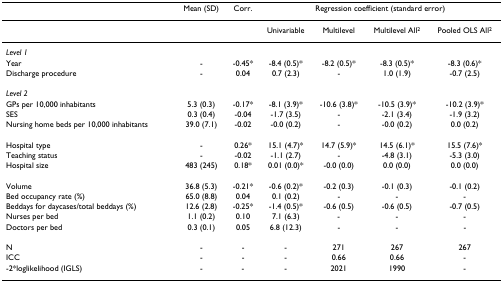
<table><thead><tr><td></td><td><b>Mean (SD)</b></td><td><b>Corr.</b></td><td colspan="4"><b>Regression coefficient (standard error)</b></td></tr></thead><tbody><tr><td></td><td></td><td></td><td>Univariable</td><td>Multilevel</td><td>Multilevel All<sup>2</sup></td><td>Pooled OLS All<sup>2</sup></td></tr><tr><td><i>Level 1</i></td><td></td><td></td><td></td><td></td><td></td><td></td></tr><tr><td>Year</td><td>-</td><td>-0.45*</td><td>-8.4 (0.5)*</td><td>-8.2 (0.5)*</td><td>-8.3 (0.5)*</td><td>-8.3 (0.6)*</td></tr><tr><td>Discharge procedure</td><td>-</td><td>0.04</td><td>0.7 (2.3)</td><td>-</td><td>1.0 (1.9)</td><td>-0.7 (2.5)</td></tr><tr><td><i>Level 2</i></td><td></td><td></td><td></td><td></td><td></td><td></td></tr><tr><td>GPs per 10,000 inhabitants</td><td>5.3 (0.3)</td><td>-0.17*</td><td>-8.1 (3.9)*</td><td>-10.6 (3.8)*</td><td>-10.5 (3.9)*</td><td>-10.2 (3.9)*</td></tr><tr><td>SES</td><td>0.3 (0.4)</td><td>-0.04</td><td>-1.7 (3.5)</td><td>-</td><td>-2.1 (3.4)</td><td>-1.9 (3.2)</td></tr><tr><td>Nursing home beds per 10,000 inhabitants</td><td>39.0 (7.1)</td><td>-0.02</td><td>-0.0 (0.2)</td><td>-</td><td>-0.0 (0.2)</td><td>0.0 (0.2)</td></tr><tr><td>Hospital type</td><td>-</td><td>0.26*</td><td>15.1 (4.7)*</td><td>14.7 (5.9)*</td><td>14.5 (6.1)*</td><td>15.5 (7.6)*</td></tr><tr><td>Teaching status</td><td>-</td><td>-0.02</td><td>-1.1 (2.7)</td><td>-</td><td>-4.8 (3.1)</td><td>-5.3 (3.0)</td></tr><tr><td>Hospital size</td><td>483 (245)</td><td>0.18*</td><td>0.01 (0.0)*</td><td>-0.0 (0.0)</td><td>0.0 (0.0)</td><td>0.0 (0.0)</td></tr><tr><td>Volume</td><td>36.8 (5.3)</td><td>-0.21*</td><td>-0.6 (0.2)*</td><td>-0.2 (0.3)</td><td>-0.1 (0.3)</td><td>-0.1 (0.2)</td></tr><tr><td>Bed occupancy rate (%)</td><td>65.0 (8.8)</td><td>0.04</td><td>0.1 (0.2)</td><td>-</td><td>-</td><td>-</td></tr><tr><td>Beddays for daycases/total beddays (%)</td><td>12.6 (2.8)</td><td>-0.25*</td><td>-1.4 (0.5)*</td><td>-0.6 (0.5)</td><td>-0.6 (0.5)</td><td>-0.7 (0.5)</td></tr><tr><td>Nurses per bed</td><td>1.1 (0.2)</td><td>0.10</td><td>7.1 (6.3)</td><td>-</td><td>-</td><td>-</td></tr><tr><td>Doctors per bed</td><td>0.3 (0.1)</td><td>0.05</td><td>6.8 (12.3)</td><td>-</td><td>-</td><td>-</td></tr><tr><td>N</td><td>-</td><td>-</td><td>-</td><td>271</td><td>267</td><td>267</td></tr><tr><td>ICC</td><td>-</td><td>-</td><td>-</td><td>0.66</td><td>0.66</td><td>-</td></tr><tr><td>-2*loglikelihood (IGLS)</td><td>-</td><td>-</td><td>-</td><td>2021</td><td>1990</td><td>-</td></tr></tbody></table>